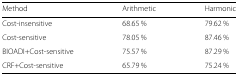
| Method | Arithmetic | Harmonic |
 | --- | --- | --- |
 | Cost-insensitive | 68.65 % | 79.62 % |
 | Cost-sensitive | 78.05 % | 87.46 % |
 | BIOADI+Cost-sensitive | 75.57 % | 87.29 % |
 | CRF+Cost-sensitive | 65.79 % | 75.24 % |